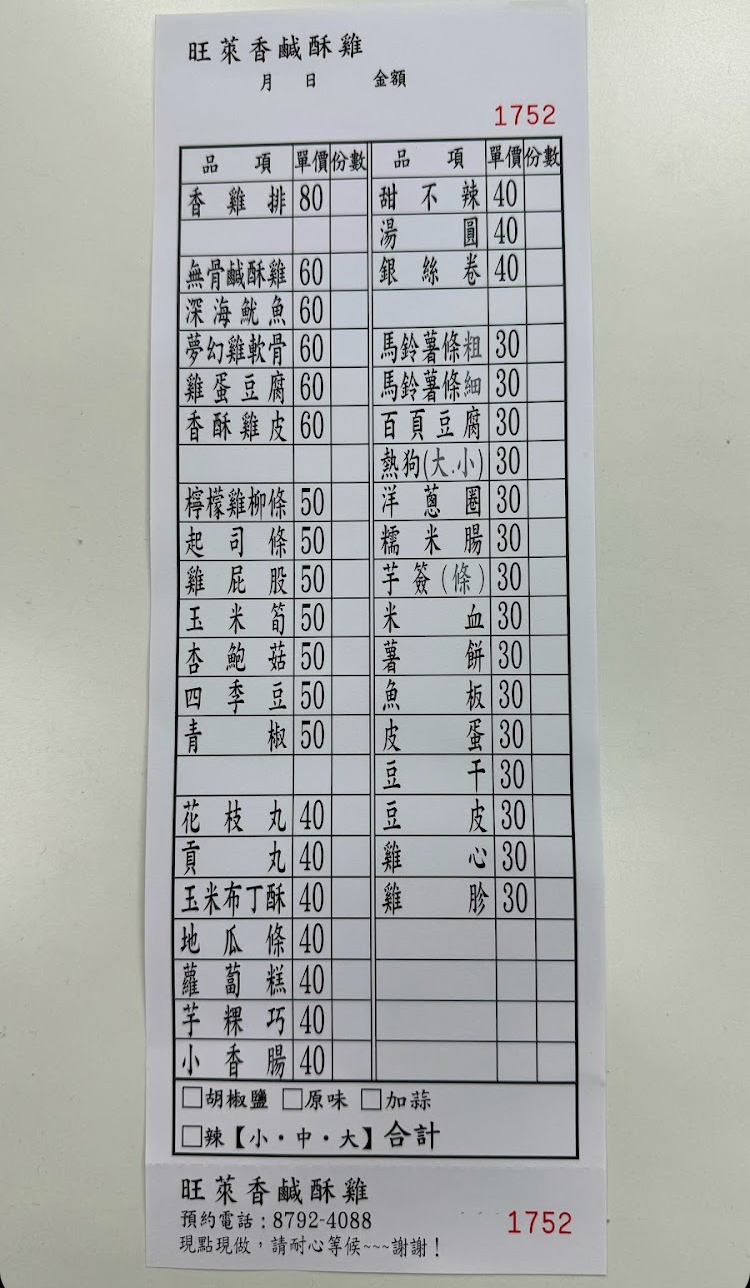
餐廳：旺萊香鹹酥雞
電話：8792-4088
菜單：
name: 香雞排
price: 80
name: 甜不辣
price: 40
name: 湯圓
price: 40
name: 無骨鹹酥雞
price: 60
name: 銀絲卷
price: 40
name: 深海魷魚
price: 60
name: 夢幻雞軟骨
price: 60
name: 馬鈴薯條粗
price: 30
name: 雞蛋豆腐
price: 60
name: 馬鈴薯條細
price: 30
name: 香酥雞皮
price: 60
name: 百頁豆腐
price: 30
name: 熱狗(大小)
price: 30
name: 檸檬雞柳條
price: 50
name: 洋蔥圈
price: 30
name: 起司條
price: 50
name: 糯米腸
price: 30
name: 芋簽(條)
price: 30
name: 筍米血
price: 30
name: 雞屁股
price: 50
name: 玉米筍
price: 50
name: 杏齙菇
price: 50
name: 四季豆
price: 50
name: 青椒
price: 50
name: 薯餅
price: 30
name: 豆皮
price: 30
name: 花枝丸
price: 40
name: 貢丸
price: 40
name: 雞心
price: 30
name: 玉米布丁酥
price: 40
name: 雞胗
price: 30
name: 地瓜條
price: 40
name: 蘿蔔糕
price: 40
name: 芋粿巧
price: 40
name: 小杳腸
price: 40